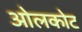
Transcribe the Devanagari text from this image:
ओलकोट